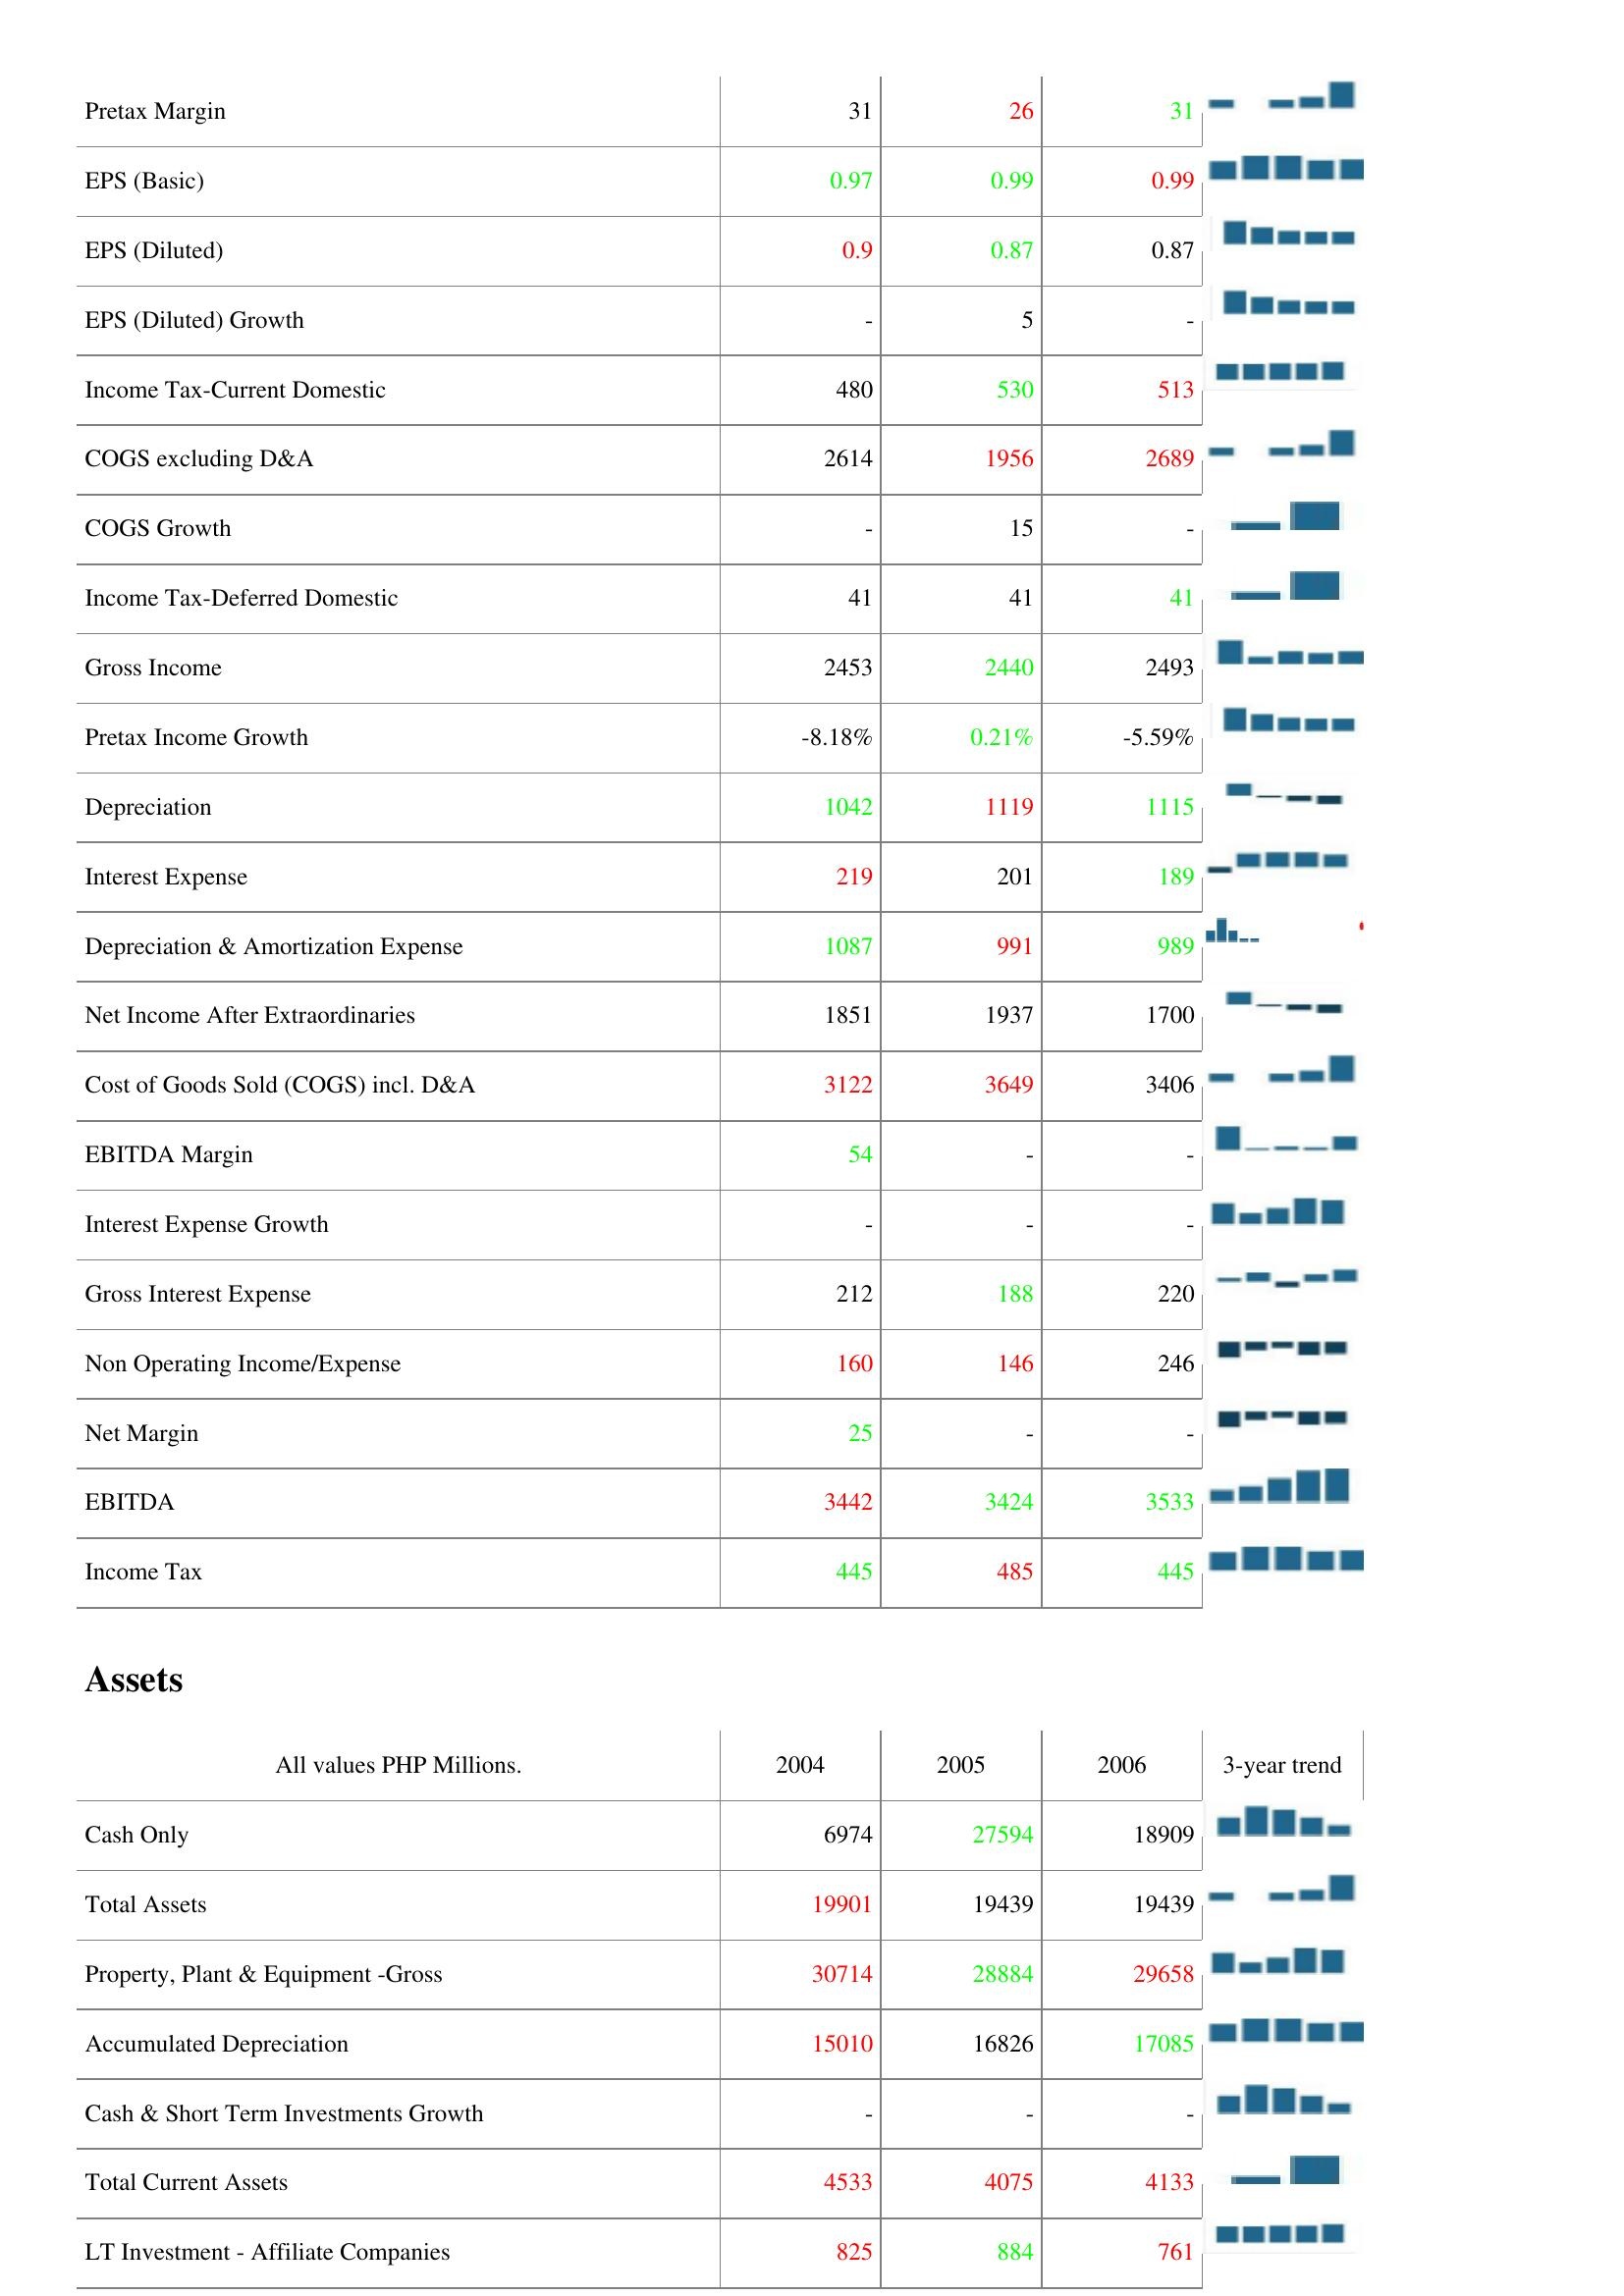
2004: : Pretax Margin: 31
EPS (Basic): 0.97
EPS (Diluted): 0.9
EPS (Diluted) Growth: -
Income Tax-Current Domestic: 480
COGS excluding D&A: 2614
COGS Growth: -
Income Tax-Deferred Domestic: 41
Gross Income: 2453
Pretax Income Growth: -8.18%
Depreciation: 1042
Interest Expense: 219
Depreciation & Amortization Expense: 1087
Net Income After Extraordinaries: 1851
Cost of Goods Sold (COGS) incl. D&A: 3122
EBITDA Margin: 54
Interest Expense Growth: -
Gross Interest Expense: 212
Non Operating Income/Expense: 160
Net Margin: 25
EBITDA: 3442
Income Tax: 445
Assets: Cash Only: 6974
Total Assets: 19901
Property, Plant & Equipment -Gross: 30714
Accumulated Depreciation: 15010
Cash & Short Term Investments Growth: -
Total Current Assets: 4533
LT Investment - Affiliate Companies: 825
2005: : Pretax Margin: 26
EPS (Basic): 0.99
EPS (Diluted): 0.87
EPS (Diluted) Growth: 5
Income Tax-Current Domestic: 530
COGS excluding D&A: 1956
COGS Growth: 15
Income Tax-Deferred Domestic: 41
Gross Income: 2440
Pretax Income Growth: 0.21%
Depreciation: 1119
Interest Expense: 201
Depreciation & Amortization Expense: 991
Net Income After Extraordinaries: 1937
Cost of Goods Sold (COGS) incl. D&A: 3649
EBITDA Margin: -
Interest Expense Growth: -
Gross Interest Expense: 188
Non Operating Income/Expense: 146
Net Margin: -
EBITDA: 3424
Income Tax: 485
Assets: Cash Only: 27594
Total Assets: 19439
Property, Plant & Equipment -Gross: 28884
Accumulated Depreciation: 16826
Cash & Short Term Investments Growth: -
Total Current Assets: 4075
LT Investment - Affiliate Companies: 884
2006: : Pretax Margin: 31
EPS (Basic): 0.99
EPS (Diluted): 0.87
EPS (Diluted) Growth: -
Income Tax-Current Domestic: 513
COGS excluding D&A: 2689
COGS Growth: -
Income Tax-Deferred Domestic: 41
Gross Income: 2493
Pretax Income Growth: -5.59%
Depreciation: 1115
Interest Expense: 189
Depreciation & Amortization Expense: 989
Net Income After Extraordinaries: 1700
Cost of Goods Sold (COGS) incl. D&A: 3406
EBITDA Margin: -
Interest Expense Growth: -
Gross Interest Expense: 220
Non Operating Income/Expense: 246
Net Margin: -
EBITDA: 3533
Income Tax: 445
Assets: Cash Only: 18909
Total Assets: 19439
Property, Plant & Equipment -Gross: 29658
Accumulated Depreciation: 17085
Cash & Short Term Investments Growth: -
Total Current Assets: 4133
LT Investment - Affiliate Companies: 761